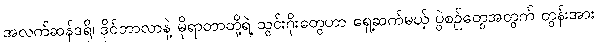
အလက်ဆန်ဒရို၊ ဒိုင်ဘာလာနဲ့ မိုရာတာတို့ရဲ့ သွင်းဂိုးတွေဟာ ရှေ့ဆက်မယ့် ပွဲစဉ်တွေအတွက် တွန်းအား